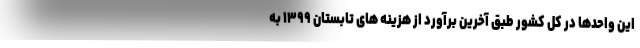
این واحدها در کل کشور طبق آخرین برآورد از هزینه های تابستان ۱۳۹۹ به